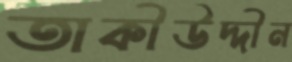
তাকীউদ্দীন